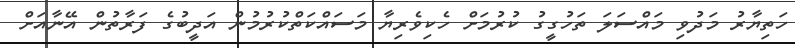
ހަތިޔާރު މަދުވި މައްސަލަ ތަހުގީގު ކުރުމަށް ހެކިވެރިޔާ މަސައްކަތްކުރުމުން އަދީބުގެ ފަރާތުން އޭނާއަށް